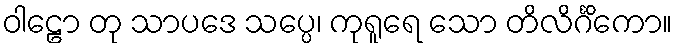
ဝါဠော တု သာပဒေ သပ္ပေ၊ ကုရူရေ သော တိလိင်္ဂိကော။